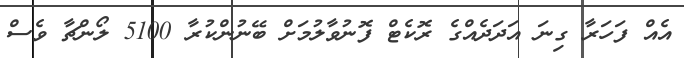
އެއް ފަހަރާ ގިނަ އަދަދެއްގެ ރޮކެޓް ފޮނުވާލުމަށް ބޭނުންކުރާ 5100 ލޯންޗާ ވެސް